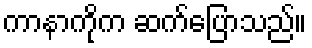
ကာနာကိုက ဆက်ပြောသည်။